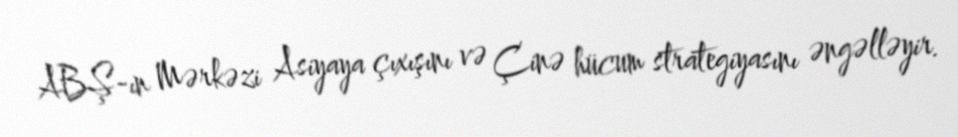
ABŞ-ın Mərkəzi Asiyaya çıxışını və Çinə hücum strategiyasını əngəlləyir.